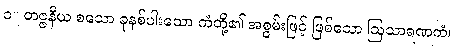
၁။ တဇ္ဇနီယ စသော ခုနစ်ပါးသော ကံတို့၏ အစွမ်းဖြင့် ဖြစ်သော ဩသာရဏကံ၊